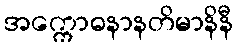
အက္ကောဓနာနတိမာနိနီ